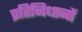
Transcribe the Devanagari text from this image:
प्रतिनिधानों